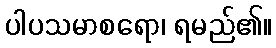
ပါပသမာစရော၊ ရမည်၏။